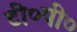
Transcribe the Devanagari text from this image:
टी०पी०